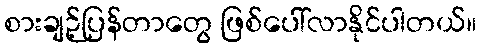
စားချဉ့်ပြန်တာတွေ ဖြစ်ပေါ်လာနိုင်ပါတယ်။